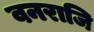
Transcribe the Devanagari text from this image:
वनराजि